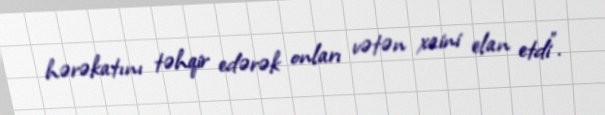
hərəkatını təhqir edərək onları vətən xaini elan etdi”.